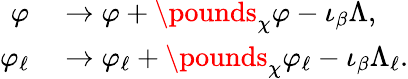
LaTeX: \begin{array}{rl}{\varphi}&{{}\to\varphi+\pounds_{\chi}\varphi-\iota_{\beta}\Lambda,}\\ {\varphi_{\ell}}&{{}\to\varphi_{\ell}+\pounds_{\chi}\varphi_{\ell}-\iota_{\beta}\Lambda_{\ell}.}\end{array}